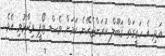
އަދި އެ ހަގީގަތް ޤަބޫލް ކުރަންޖެހޭނެ ކަމަށް ވެސް ޓޯޕީ ވިދާޅުވި އެވެ.